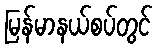
မြန်မာနယ်စပ်တွင်